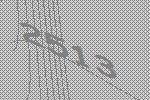
2513